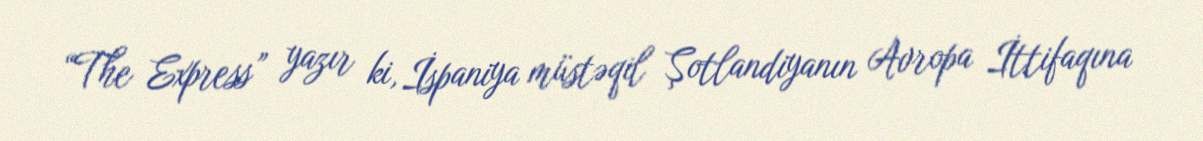
“The Express” yazır ki, İspaniya müstəqil Şotlandiyanın Avropa İttifaqına